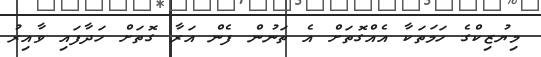
މިޔުޒިކްގެ ހަމަތަކާ އެއްގޮތަށް އެ ތަނުން ފެން އަރާ ގޮތަށް ހަދާފައި ވާއިރު